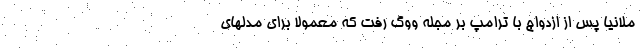
ملانیا پس از ازدواج با ترامپ بر مجله ووگ رفت که معمولا برای مدلهای